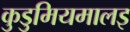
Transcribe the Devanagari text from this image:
कुडुमियमालइ